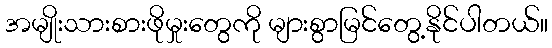
အမျိုးသားစားဖိုမှုးတွေကို များစွာမြင်တွေ့နိုင်ပါတယ်။